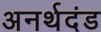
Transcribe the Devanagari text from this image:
अनर्थदंड